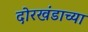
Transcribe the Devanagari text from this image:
दोरखंडाच्या